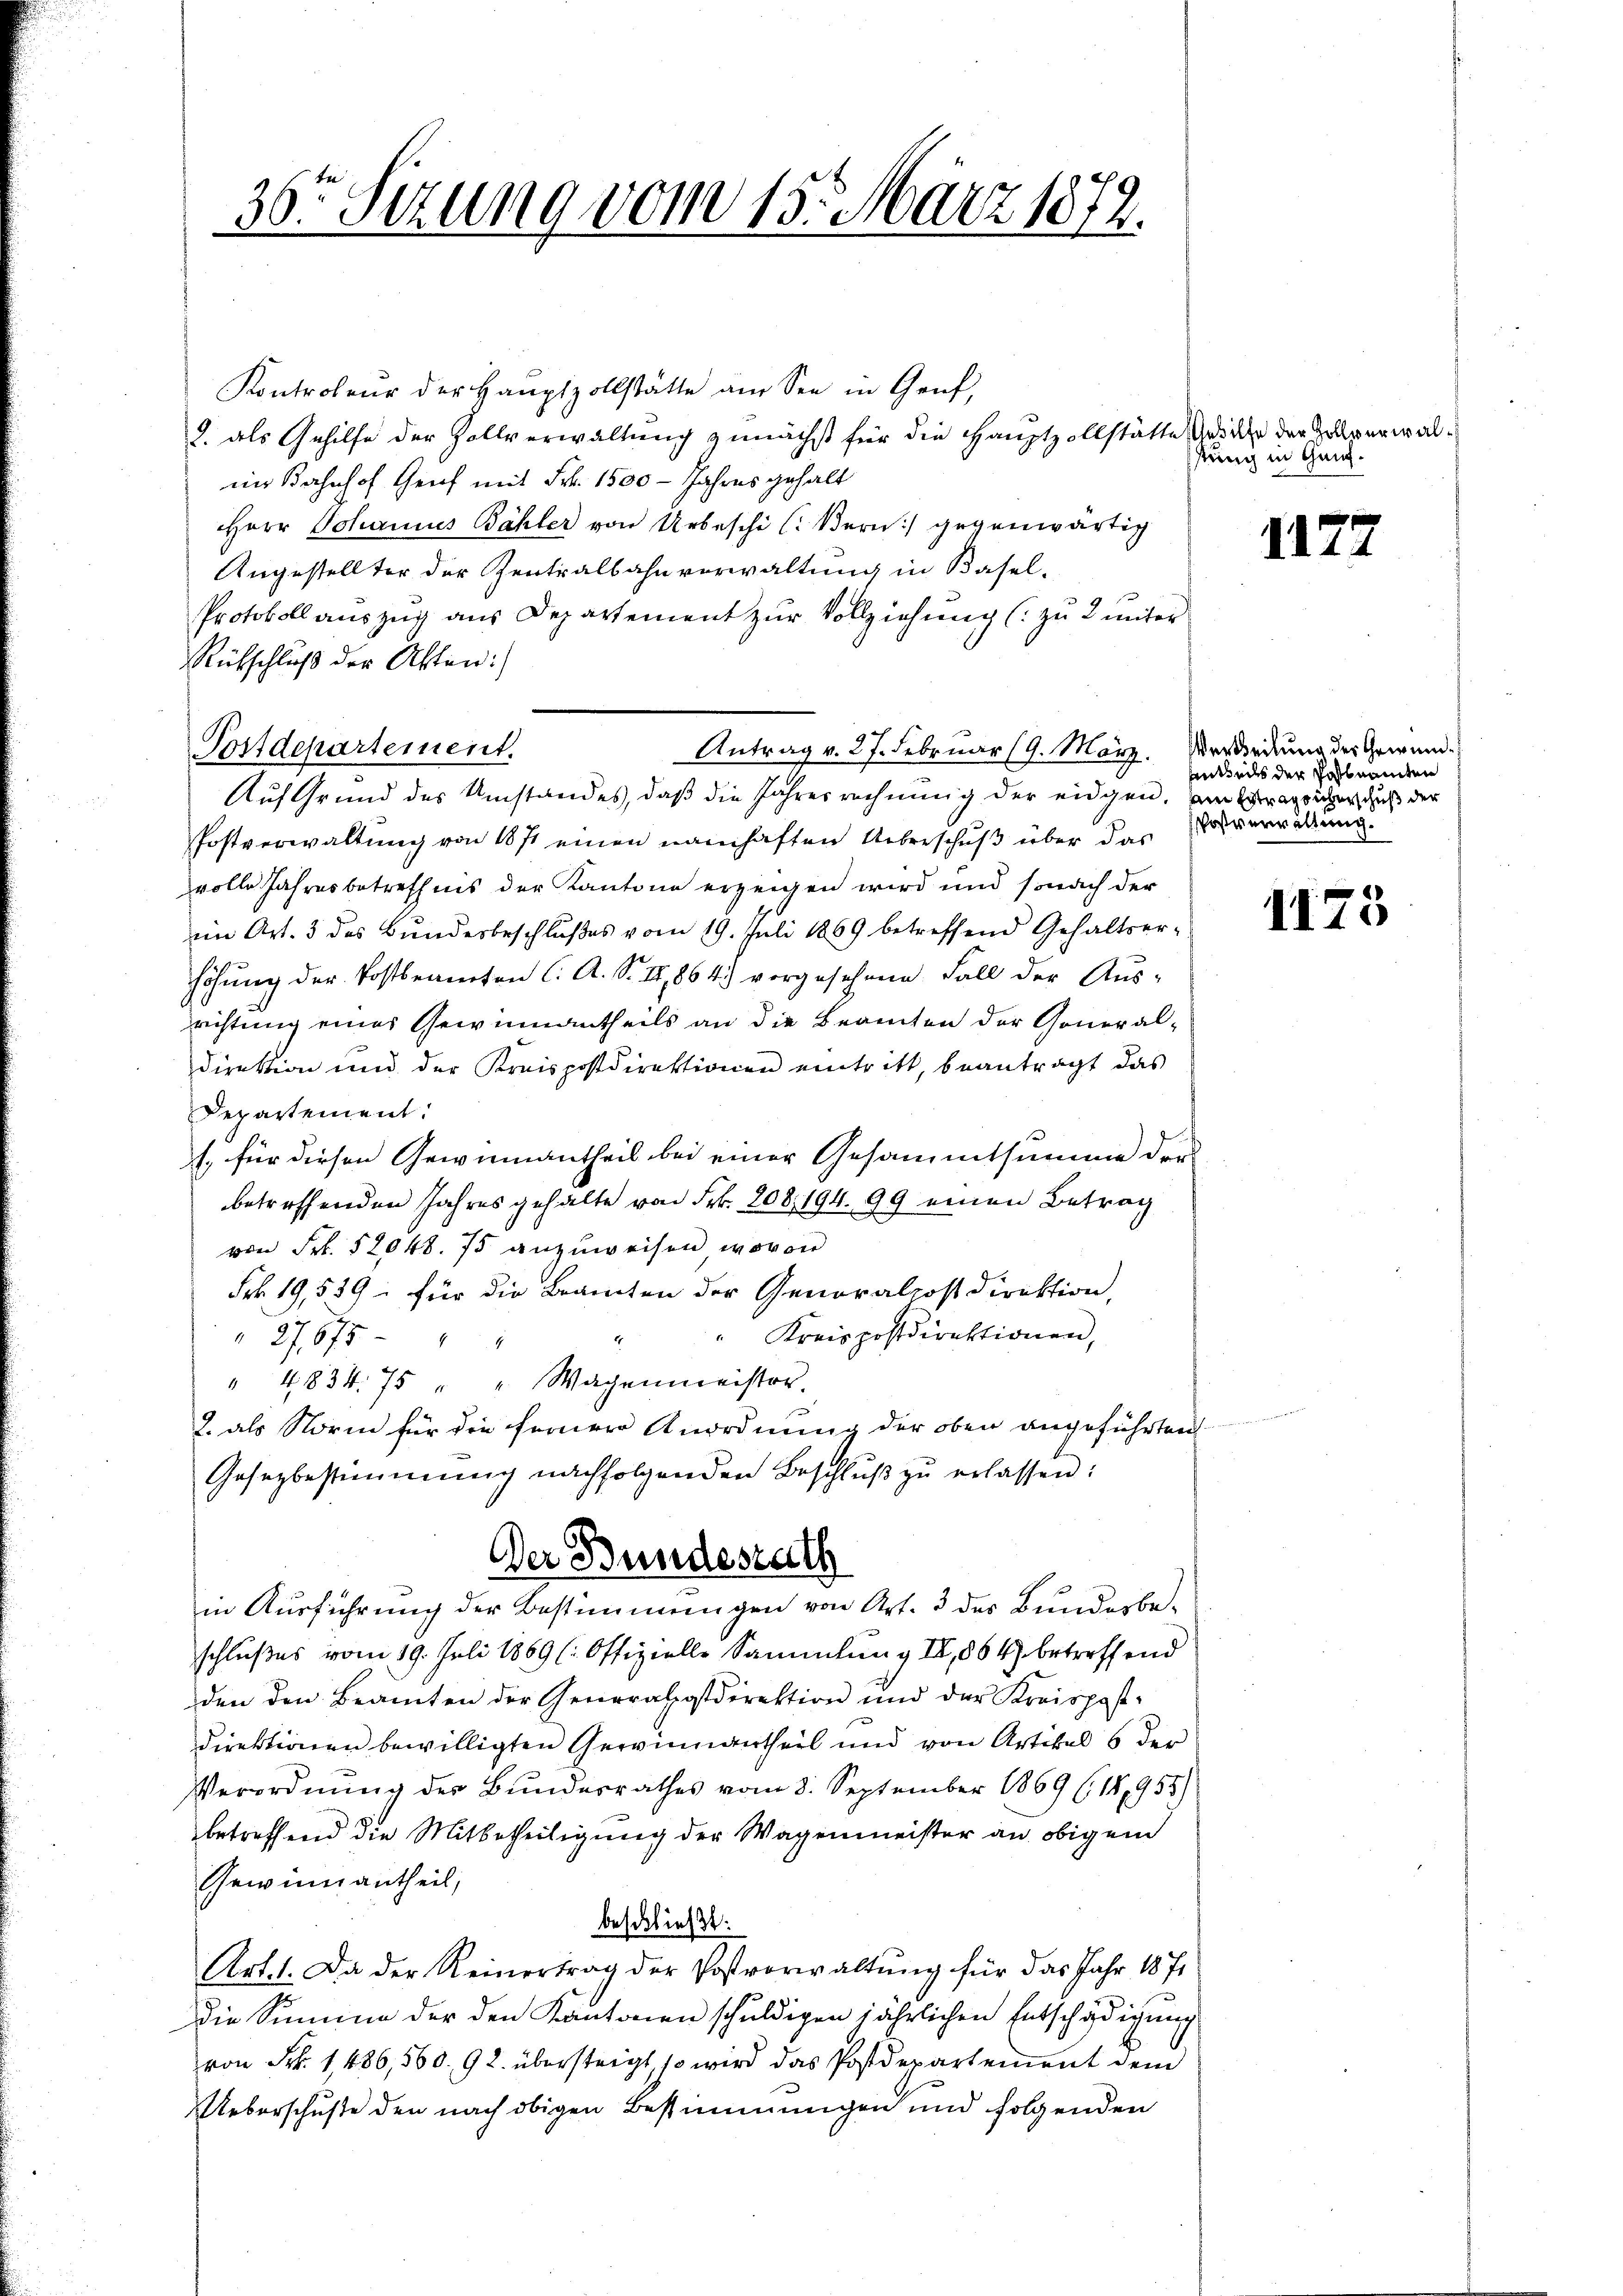
36. Sizung vom 15. März 1872.

Kontroleur der Haŭptzollstätte am See in Gruf,
2. als Gehilfe der Zollverwaltung zunächst für die Hauptzollstätte das ihr der Zollverwalim Bahnhof Genf mit Frk. 1500 - Jahres gehalt
Herr Johannes Bähler von Unbeschi l. Bern) gegenwärtig
Angestellter der Zentralbahnverwaltung in Basel-
Protokollauszug aus Departement zur Vollziehung (: zu 2 unter
Rütschluß der Akten:
Antrag v. 27. Februar 19. März. Verdienung der Gewand¬
Postdepartement.
Auf Grund des Umstandes, daß die Jahresrechnung der eidgen, am Frageicherschuß der
Postverwaltung von 1871 einen namhaften Ueberschuß über das
volle Jahresbetreffnis der Kantone erzeigen wird und sonach der
im Art. 3 des Bundesbeschlußes vom 19. Juli 1869 betreffend Gehaltser-
höhung der Postbemerten C. A. S. II,864) vorgesehene Fall der Aus-
richtung eines Gewinnantheils an die Beamten der General-
direktion und der Kreispostdirektionen eintritt, beantragt das
Departement:
1. für diesen Gewinnantheil bei einer Gesammtsumme der
betreffenden Jahres gehalte von Frk. 208, 194. 99 einen Betrag
von Frk. 52048. 75 anzuweisen, wovon
Frk. 19,529 - für die Beamten der Generalcostdirektion,
 Kreispostdirektionen,
27875
" 4834. 75 " Wagenmeistor.
2. als Norm für die ferner Anordnung der oben angeführten
Gesezbestimmung nachfolgenden Beschlŭβ zŭ erlassen:
Der Bundesrath
in Ausführung der Bestimmungen von Art. 3 des Bundesbeschlußes vom 19. Juli 1869 (: Offizielle Sammlung IV, 864 betreffend
den den Beamten der Generalgstdirektion und der Kreispost-
direktionen bewilligten Gewinnantheil und von Artikel 6 der
Verordnung des Bundesrathes vom 8. September 1869 (14,955/
betreffend die Mitbetheiligung der Wagenmeister an obigend
Gewinnantheil,
beschließt:
Art. 1. Da der Reinertrag der Postverwaltung für das Jahr 1871
die Summe der den Kantonen schuldigen jährlichen Entschädigung
von Frk. 1486,560. 92. übersteigt, so wird das Postdepartement dem
Ueberschuße den nach obigen Bestimmungen und folgenden

stung in Gang¬

1125

Antsechs der Postnamten
Postverwaltung.

1175